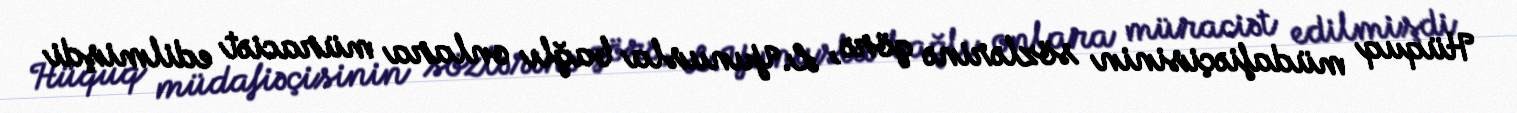
Hüquq müdafiəçisinin sözlərinə görə, L.Yunusla bağlı onlara müraciət edilmişdi